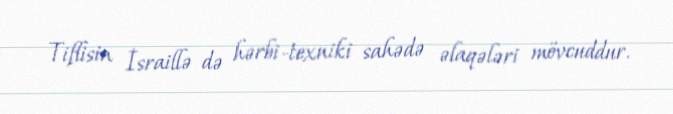
Tiflisin İsraillə də hərbi-texniki sahədə əlaqələri mövcuddur.